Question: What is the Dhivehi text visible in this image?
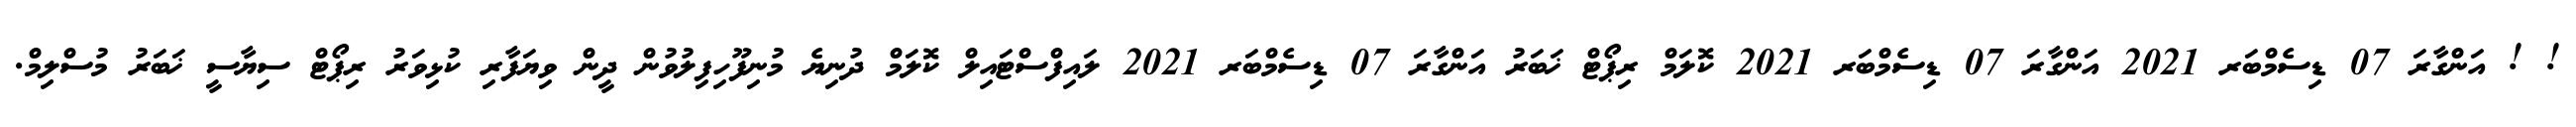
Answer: ! ! އަންގާރަ 07 ޑިސެމްބަރ 2021 އަންގާރަ 07 ޑިސެމްބަރ 2021 ކޮލަމް ރިޕޯޓް ޚަބަރު އަންގާރަ 07 ޑިސެމްބަރ 2021 ލައިފްސްޓައިލް ކޮލަމް ދުނިޔެ މުނިފޫހިފިލުވުން ދީން ވިޔަފާރި ކުޅިވަރު ރިޕޯޓް ސިޔާސީ ޚަބަރު މުސްލިމް.